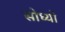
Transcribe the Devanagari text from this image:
सोध्यो